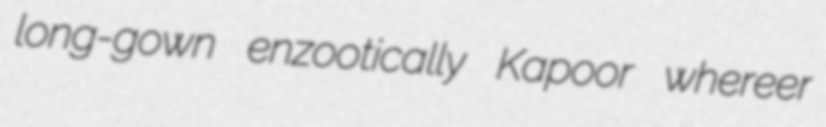
long-gown enzootically Kapoor whereer